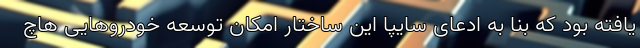
یافته بود که بنا به ادعای سایپا این ساختار امکان توسعه خودروهایی هاچ